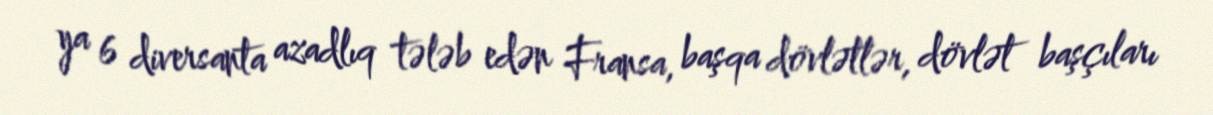
ya 6 diversanta azadlıq tələb edən Fransa, başqa dövlətlər, dövlət başçıları